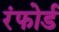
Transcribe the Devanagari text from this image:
रंफोर्ड